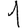
Digit: 1